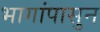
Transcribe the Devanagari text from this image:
भागांपासुन